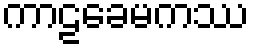
ကာဠခေမကဿ